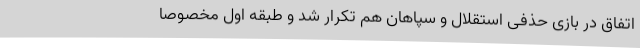
اتفاق در بازی حذفی استقلال و سپاهان هم تکرار شد و طبقه اول مخصوصا